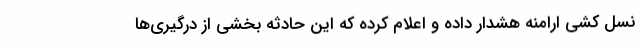
نسل کشی ارامنه هشدار داده و اعلام کرده که این حادثه بخشی از درگیری‌ها